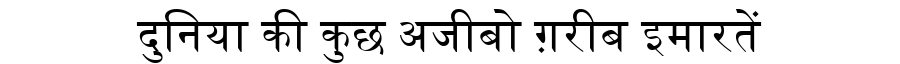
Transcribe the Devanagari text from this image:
दुनिया की कुछ अजीबो ग़रीब इमारतें